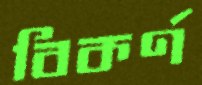
বিকর্ণ